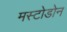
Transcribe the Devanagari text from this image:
मस्टोडोन